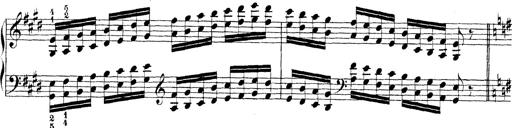
Title: Technische Studien
Composer: Franz Liszt